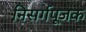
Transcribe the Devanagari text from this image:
निसर्गपूजक